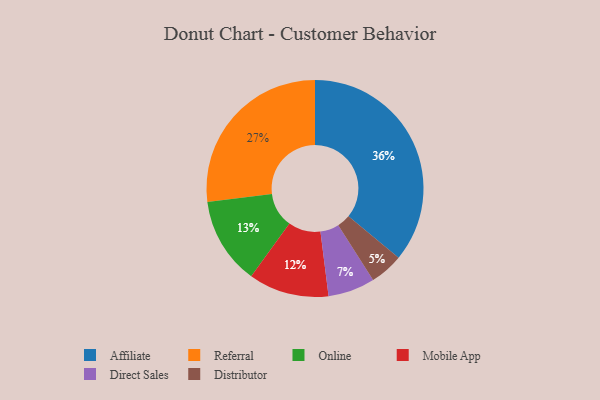
{"axis": {"x": "Category", "y": "Percentage"}, "legend": ["Affiliate", "Direct Sales", "Distributor", "Mobile App", "Online", "Referral"], "data": [{"x": "Online", "y": 13, "type": "Online"}, {"x": "Direct Sales", "y": 7, "type": "Direct Sales"}, {"x": "Referral", "y": 27, "type": "Referral"}, {"x": "Mobile App", "y": 12, "type": "Mobile App"}, {"x": "Affiliate", "y": 36, "type": "Affiliate"}, {"x": "Distributor", "y": 5, "type": "Distributor"}]}